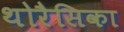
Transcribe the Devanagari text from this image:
थोरैसिका